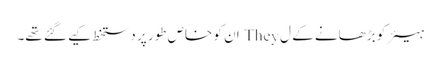
ہیئر کو بڑھانے کے ل They ان کو خاص طور پر دستخط کیے گئے تھے۔